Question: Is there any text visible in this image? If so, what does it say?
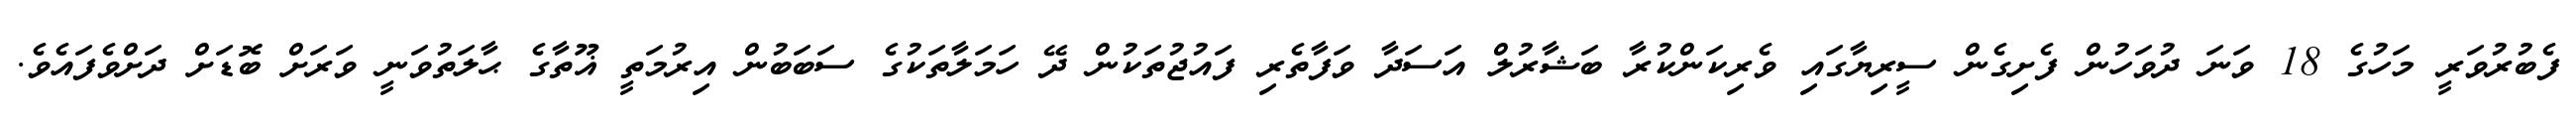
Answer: ފެބުރުވަރީ މަހުގެ 18 ވަނަ ދުވަހުން ފެށިގެން ސީރިޔާގައި ވެރިކަންކުރާ ބަޝާރުލް އަސަދާ ވަފާތެރި ފައުޖުތަކުން ދޭ ހަމަލާތަކުގެ ސަބަބުން އިރުމަތީ ޣޫތާގެ ޙާލަތުވަނީ ވަރަށް ބޮޑަށް ދަށްވެފައެވެ.